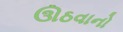
ઊઠવાનો